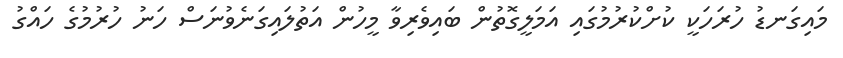
މައިގަނޑު ހުރަހަކީ ކުށްކުރުމުގައި އަމަލީގޮތުން ބައިވެރިވާ މީހުން އަތުލައިގަނެވުނަސް ހަނު ހުރުމުގެ ހައްގު